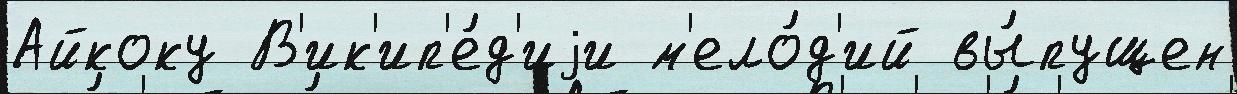
Айкоку В'ик'ип'е́д'иjи м'ело́д'ий вы́пущен